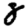
Digit: 8